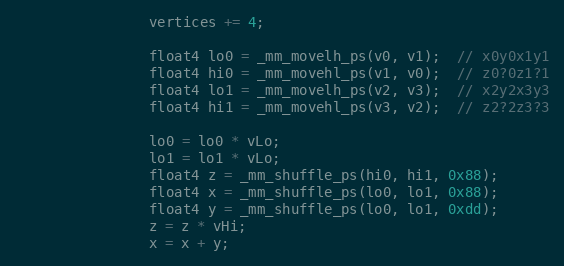
Language: C++
				vertices += 4;

				float4 lo0 = _mm_movelh_ps(v0, v1);  // x0y0x1y1
				float4 hi0 = _mm_movehl_ps(v1, v0);  // z0?0z1?1
				float4 lo1 = _mm_movelh_ps(v2, v3);  // x2y2x3y3
				float4 hi1 = _mm_movehl_ps(v3, v2);  // z2?2z3?3

				lo0 = lo0 * vLo;
				lo1 = lo1 * vLo;
				float4 z = _mm_shuffle_ps(hi0, hi1, 0x88);
				float4 x = _mm_shuffle_ps(lo0, lo1, 0x88);
				float4 y = _mm_shuffle_ps(lo0, lo1, 0xdd);
				z = z * vHi;
				x = x + y;